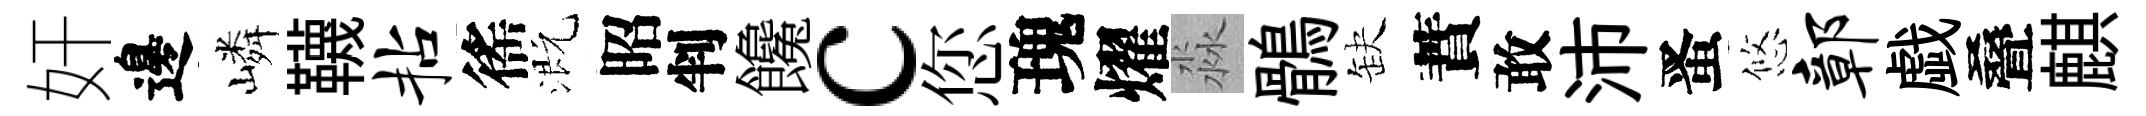
奸邊嶙韈拈徭溉昭判饞c您瑰燿淼鶻缺蕡敢沛󱉠悠鄣戯叠麒